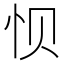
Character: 𮲀